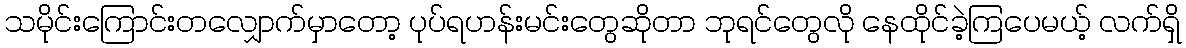
သမိုင်းကြောင်းတလျှောက်မှာတော့ ပုပ်ရဟန်းမင်းတွေဆိုတာ ဘုရင်တွေလို နေထိုင်ခဲ့ကြပေမယ့် လက်ရှိ